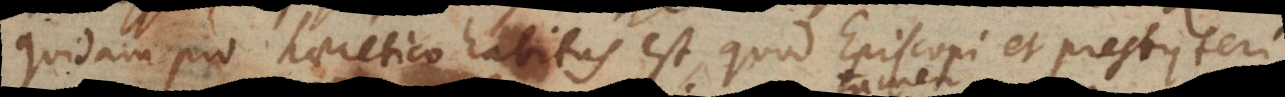
quidam pro haeretico habitus est, quod Episcopi et presbyteri